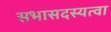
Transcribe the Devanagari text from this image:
सभासदस्यत्वा